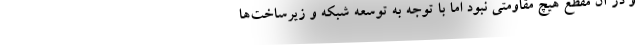
و در آن مقطع هیچ مقاومتی نبود اما با توجه به توسعه شبکه و زیرساخت‌ها